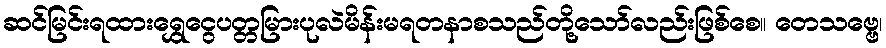
ဆင်မြင်းရထားရွှေငွေပတ္တမြားပုလဲမိန်းမရတနာစသည်တို့သော်လည်းဖြစ်စေ။ တေသဗ္ဗေ၊